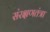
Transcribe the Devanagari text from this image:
संरक्षणतंत्रा